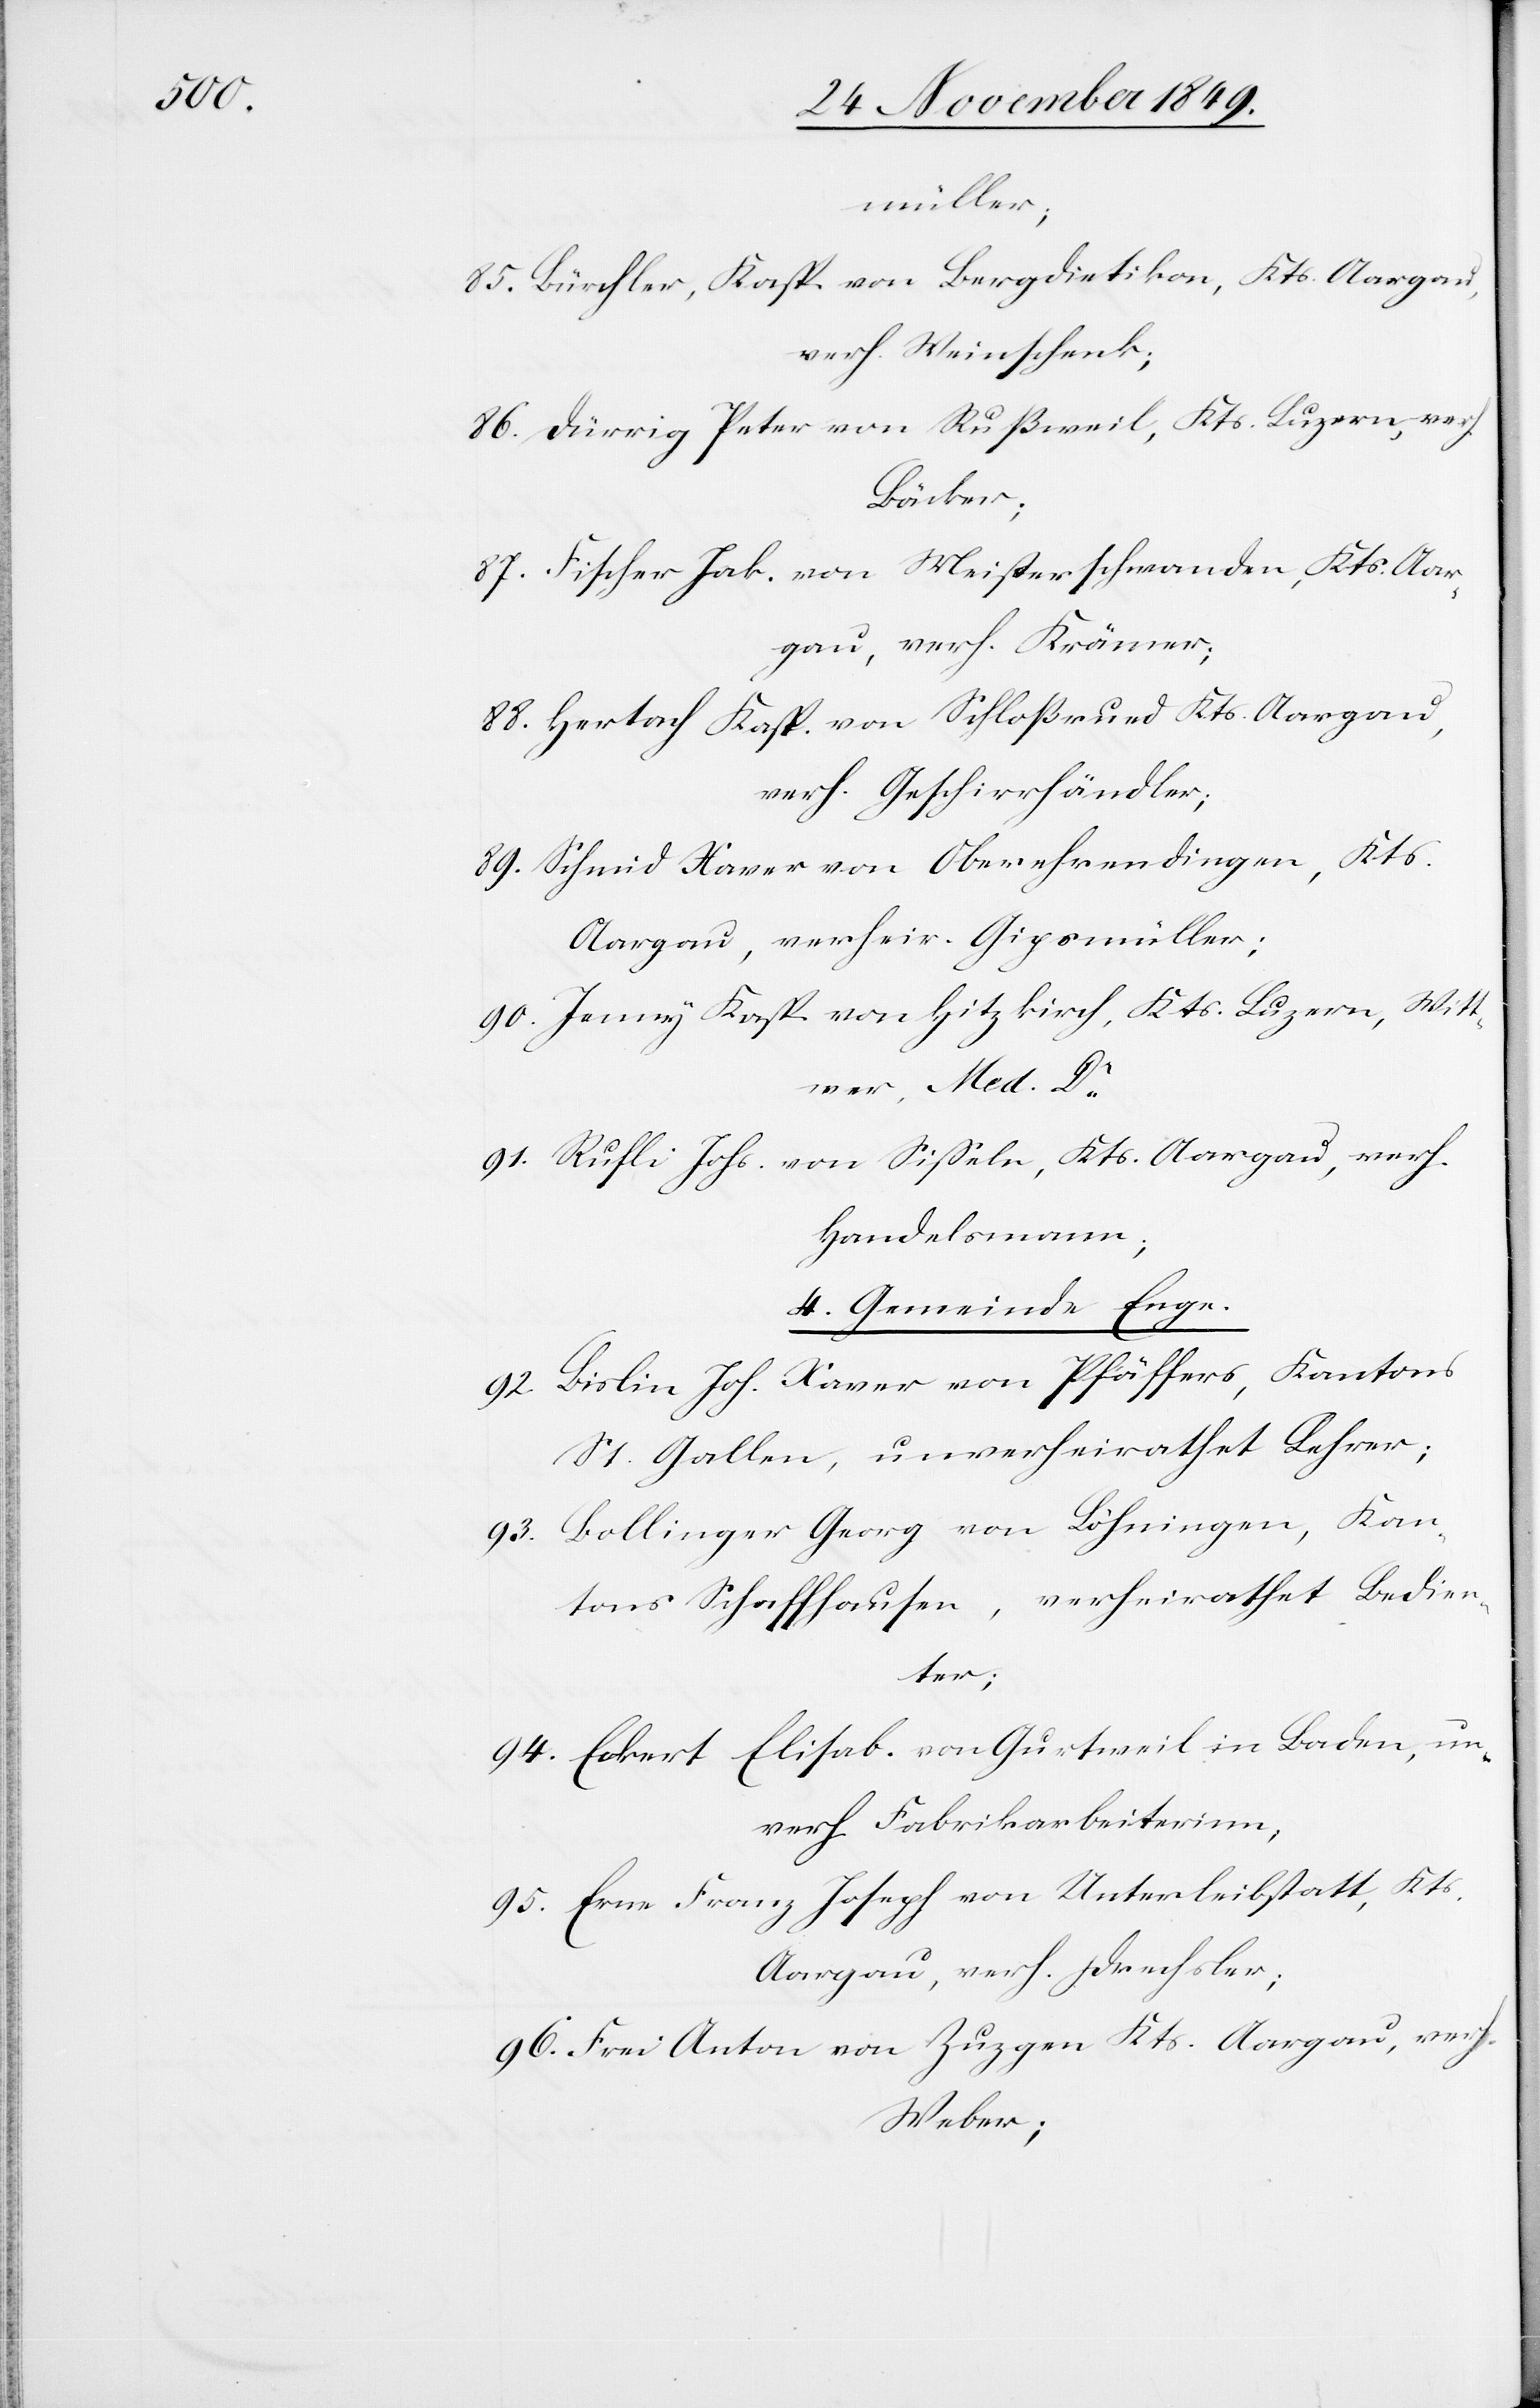
müller;
85. Bürchler, Kasp. von Berg-Dietikon, Kts. Aargau,
verh. Weinschenk;
86. Dürrig Peter von Rußweil, Kts. Luzern, verh.
Bäcker;
87. Fischer Jak. von Meisterschwanden, Kts. Aar¬
gau, verh. Krämer;
88. Hertach Kasp. von Schloßrued Kts. Aargau,
verh. Geschirrhändler;
89. Schmid Xaver von Oberehrendingen, Kts.
Aargau, verheir. Gipsmüller;
90. Jenny Kasp. von Hitzkirch, Kts. Luzern, Witt¬
wer, Med. Dr
91. Rufli Johs. von Sißeln, Kts. Aargau, verh.
Handelsmann;
4. Gemeinde Enge.
92. Bislin Joh. Xaver von Pfäffers, Kantons
St. Gallen, unverheirathet Lehrer;
93. Bollinger Georg von Böhningen, Kan¬
tons Schaffhausen, verheirathet Bedien¬
ter;
94. Eckert Elisab. von Gurtweil in Baden, un¬
verh. Fabrikarbeiterinn,
95. Erne Franz Joseph von Unterleibstatt, Kts.
Aargau, verh. Drechsler;
96. Frei Anton von Zuzgen Kts. Aargau, verh.
Weber;